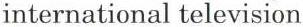
international television